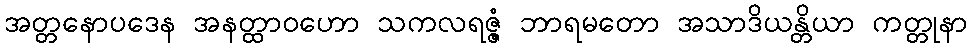
အတ္တနောပဒေန အနတ္ထာဝဟော သကလရဇ္ဇံ ဘာရမတော အသာဒိယန္တိယာ ကတ္တုနာ